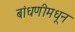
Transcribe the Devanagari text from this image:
बांधणीमधून